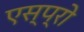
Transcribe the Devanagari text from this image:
एस्प्रो